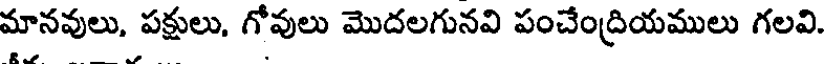
మానవులు, పక్షులు, గోవులు మొదలగునవి పంచేంద్రియములు గలవి.